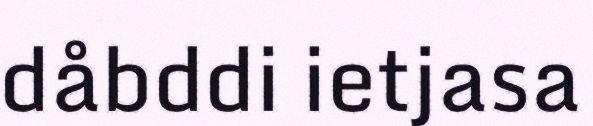
dåbddi ietjasa